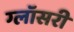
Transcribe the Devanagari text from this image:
ग्लॉसरी